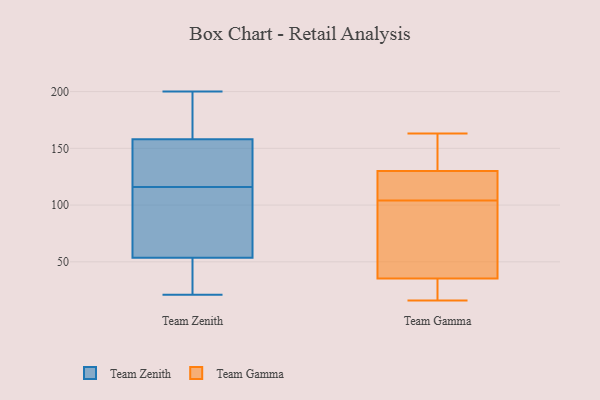
{"axis": {"x": "Demand Index", "y": "Value"}, "legend": ["Team Gamma", "Team Zenith"], "data": [{"x": "", "y": 116, "type": "Team Zenith"}, {"x": "", "y": 143, "type": "Team Zenith"}, {"x": "", "y": 43, "type": "Team Zenith"}, {"x": "", "y": 114, "type": "Team Zenith"}, {"x": "", "y": 163, "type": "Team Zenith"}, {"x": "", "y": 21, "type": "Team Zenith"}, {"x": "", "y": 53, "type": "Team Zenith"}, {"x": "", "y": 125, "type": "Team Zenith"}, {"x": "", "y": 163, "type": "Team Zenith"}, {"x": "", "y": 55, "type": "Team Zenith"}, {"x": "", "y": 200, "type": "Team Zenith"}, {"x": "", "y": 61, "type": "Team Gamma"}, {"x": "", "y": 163, "type": "Team Gamma"}, {"x": "", "y": 124, "type": "Team Gamma"}, {"x": "", "y": 53, "type": "Team Gamma"}, {"x": "", "y": 32, "type": "Team Gamma"}, {"x": "", "y": 132, "type": "Team Gamma"}, {"x": "", "y": 120, "type": "Team Gamma"}, {"x": "", "y": 150, "type": "Team Gamma"}, {"x": "", "y": 36, "type": "Team Gamma"}, {"x": "", "y": 16, "type": "Team Gamma"}, {"x": "", "y": 35, "type": "Team Gamma"}, {"x": "", "y": 137, "type": "Team Gamma"}, {"x": "", "y": 21, "type": "Team Gamma"}, {"x": "", "y": 104, "type": "Team Gamma"}, {"x": "", "y": 110, "type": "Team Gamma"}]}